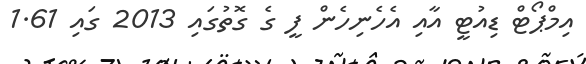
އިމްޕޯޓް ޑިއުޓީ އާއި އެހެނިހެން ފީ ގެ ގޮތުގައި 2013 ގައި 1.61